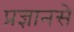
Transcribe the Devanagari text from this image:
प्रज्ञानसे